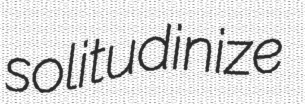
solitudinize